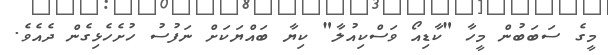
މީގެ ސަބަބުން މީހާ "ކާޑިއޯ ވަސްކިއުލާ" ކިޔާ ބައްޔަކަށް ނަފުސު ހުށެހެޅިގެން ދެއެވެ.